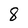
Character: 8